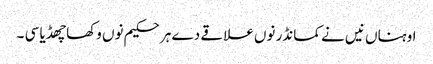
اوہناں نیں نے کمانڈر نوں علاقے دے ہر حکیم نوں وکھا چھڈیا سی ۔